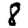
Digit: 8